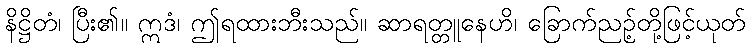
နိဋ္ဌိတံ၊ ပြီး၏။ ဣဒံ၊ ဤရထားဘီးသည်။ ဆာရတ္တူနေဟိ၊ ခြောက်ညဉ့်တို့ဖြင့်ယုတ်